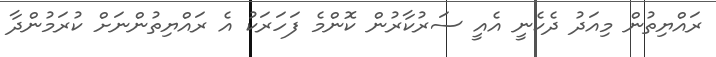
ރައްޔިތުން މިއަދު ދެކެނީ އެއީ ސަރުކާރުން ކޮންމެ ފަހަރަކު އެ ރައްޔިތުންނަށް ކުރަމުންދާ